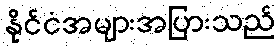
နိုင်ငံအများအပြားသည်